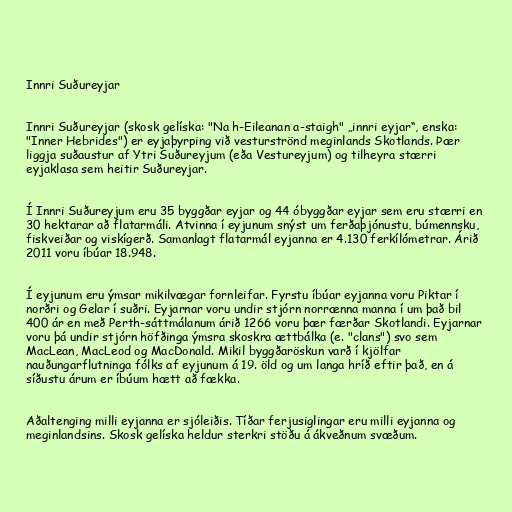
Innri Suðureyjar

Innri Suðureyjar (skosk gelíska: "Na h-Eileanan a-staigh" „innri eyjar“, enska:
"Inner Hebrides") er eyjaþyrping við vesturströnd meginlands Skotlands. Þær
liggja suðaustur af Ytri Suðureyjum (eða Vestureyjum) og tilheyra stærri
eyjaklasa sem heitir Suðureyjar.

Í Innri Suðureyjum eru 35 byggðar eyjar og 44 óbyggðar eyjar sem eru stærri en
30 hektarar að flatarmáli. Atvinna í eyjunum snýst um ferðaþjónustu, búmennsku,
fiskveiðar og viskígerð. Samanlagt flatarmál eyjanna er 4.130 ferkílómetrar. Árið
2011 voru íbúar 18.948.

Í eyjunum eru ýmsar mikilvægar fornleifar. Fyrstu íbúar eyjanna voru Piktar í
norðri og Gelar í suðri. Eyjarnar voru undir stjórn norrænna manna í um það bil
400 ár en með Perth-sáttmálanum árið 1266 voru þær færðar Skotlandi. Eyjarnar
voru þá undir stjórn höfðinga ýmsra skoskra ættbálka (e. "clans") svo sem
MacLean, MacLeod og MacDonald. Mikil byggðaröskun varð í kjölfar
nauðungarflutninga fólks af eyjunum á 19. öld og um langa hríð eftir það, en á
síðustu árum er íbúum hætt að fækka.

Aðaltenging milli eyjanna er sjóleiðis. Tíðar ferjusiglingar eru milli eyjanna og
meginlandsins. Skosk gelíska heldur sterkri stöðu á ákveðnum svæðum.